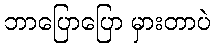
ဘာပြောပြော မှားတာပဲ